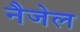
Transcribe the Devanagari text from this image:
नैजेल